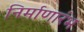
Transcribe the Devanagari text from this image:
निर्माणारंभ